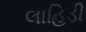
લાહિડી